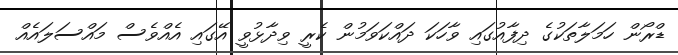
ޑްރޯން ހަމަލާތަކުގެ ދިފާއުގައި ވާހަކަ ދައްކަވަމުން ކެރީ ވިދާޅުވީ އޭގައި އެއްވެސް މައްސަލައެއް